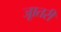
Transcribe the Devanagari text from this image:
जाूतरी